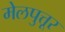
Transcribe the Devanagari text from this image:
मेलपुत्तूर